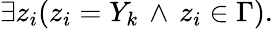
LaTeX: \exists z_{i}(z_{i}=Y_{k}\, \land\, z_{i}\in\Gamma).